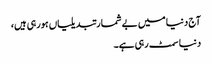
آج دنیا میں بے شمارتبدیلیاں ہورہی ہیں،
دنیا سمٹ رہی ہے۔